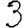
Digit: 3